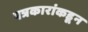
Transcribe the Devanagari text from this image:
पत्रकारांकडून